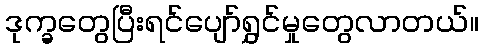
ဒုက္ခတွေပြီးရင်ပျော်ရွှင်မှုတွေလာတယ်။